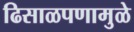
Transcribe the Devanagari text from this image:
ढिसाळपणामुळे